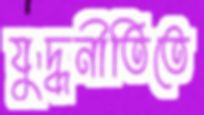
যুদ্ধনীতিতে